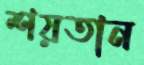
শয়তান